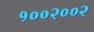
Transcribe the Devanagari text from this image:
१००२००२